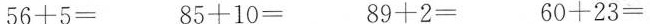
$$5 6 + 5 =$$ $$8 5 + 1 0 =$$ $$ 8 9 + 2 =$$ $$ 6 0 + 2 3 =$$